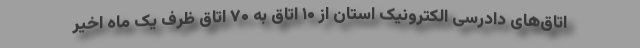
اتاق‌های دادرسی الکترونیک استان از ۱۰ اتاق به ۷۰ اتاق ظرف یک ماه اخیر